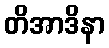
တိအာဒိနာ